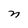
Character: n